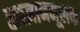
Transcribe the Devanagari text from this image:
तत्वज्ञानमूलक